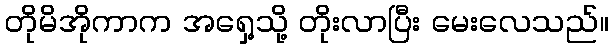
တိုမိအိုကာက အရှေ့သို့ တိုးလာပြီး မေးလေသည်။